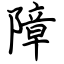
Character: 障